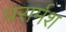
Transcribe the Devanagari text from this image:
परार्मश